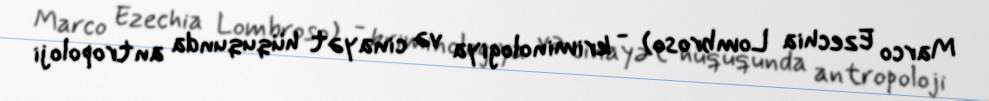
Marco Ezechia Lombroso) - kriminologiya və cinayət hüququnda antropoloji